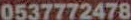
0537772478